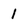
Character: 1